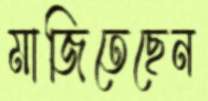
মাজিতেছেন